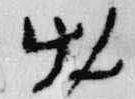
出